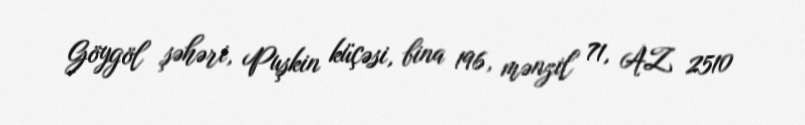
Göygöl şəhəri, Puşkin küçəsi, bina 196, mənzil 71, AZ 2510